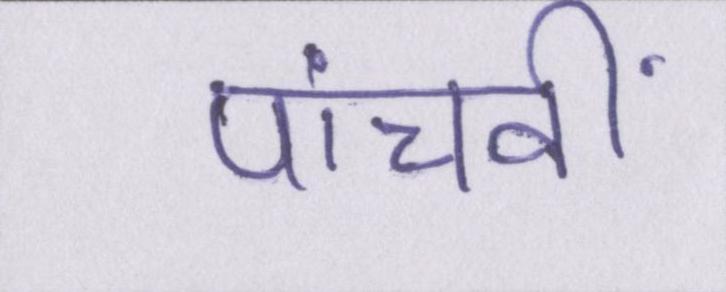
पांचवीं